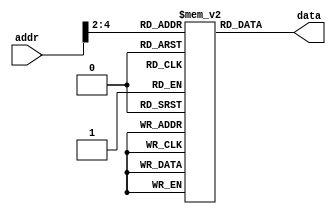
module InstructionMemory(input wire [31:0] addr, output reg [31:0] data);
	reg [31:0] rom [7:0]; //8 word memory
	
	always@(*) begin
		data = rom[addr[31:2]]; //TODO fix this! we want a byte based indexing scheme here
	end
	
	initial begin
		rom[0] = 32'h00128293; //addi t0, t0, 1
		rom[1] = 32'h00228313; //addi t1, t0, 2
		rom[2] = 32'h00330393; //addi t2, t1, 3
		rom[3] = 32'h00438e13; //addi t3, t2, 4
		rom[4] = 32'd0; //nop
		rom[5] = 32'd0; //nop
		rom[6] = 32'd0; //nop
		rom[7] = 32'd0; //nop
		data = 32'd0;
	end
endmodule